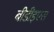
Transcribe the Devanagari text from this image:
बीडीइएस